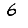
Digit: 6